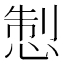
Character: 𢛁